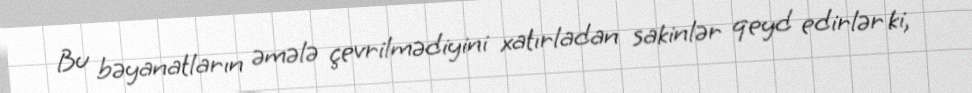
Bu bəyanatların əmələ çevrilmədiyini xatırladan sakinlər qeyd edirlər ki,